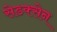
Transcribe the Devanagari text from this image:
सेडक्सेन